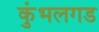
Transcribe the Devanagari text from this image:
कुंभलगड